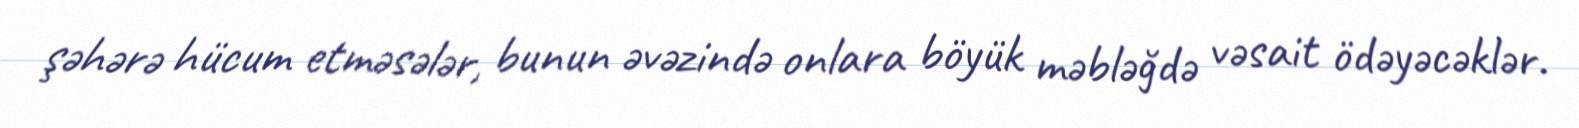
şəhərə hücum etməsələr, bunun əvəzində onlara böyük məbləğdə vəsait ödəyəcəklər.